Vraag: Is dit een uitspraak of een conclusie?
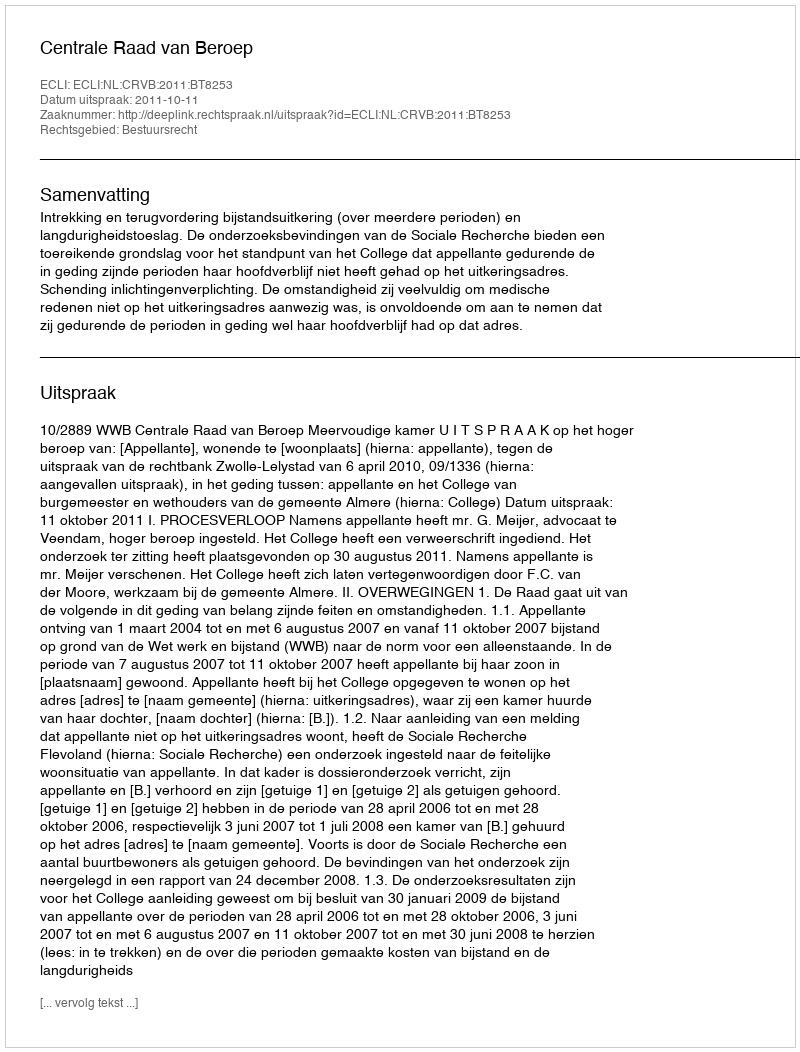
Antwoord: Uitspraak